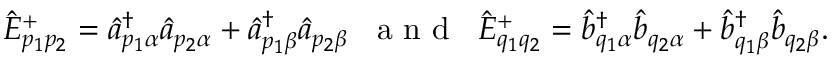
\begin{array} { r } { \hat { E } _ { p _ { 1 } p _ { 2 } } ^ { + } = \hat { a } _ { p _ { 1 } \alpha } ^ { \dagger } \hat { a } _ { p _ { 2 } \alpha } + \hat { a } _ { p _ { 1 } \beta } ^ { \dagger } \hat { a } _ { p _ { 2 } \beta } \; \; \mathrm { ~ a ~ n ~ d ~ } \; \; \hat { E } _ { q _ { 1 } q _ { 2 } } ^ { + } = \hat { b } _ { q _ { 1 } \alpha } ^ { \dagger } \hat { b } _ { q _ { 2 } \alpha } + \hat { b } _ { q _ { 1 } \beta } ^ { \dagger } \hat { b } _ { q _ { 2 } \beta } . } \end{array}